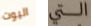
اليوت التي